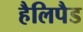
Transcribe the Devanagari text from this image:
हैलिपैड